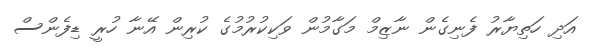
އަދި ހަތިޔާރު ފެނިގެން ނާޒިމް މަގާމުން ވަކިކުރުމުގެ ކުރިން އޭނާ ހުރީ ޑިފެންސް